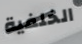
الخلفية